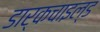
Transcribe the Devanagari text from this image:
डार्कचाइल्ड